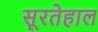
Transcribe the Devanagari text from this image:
सूरतेहाल